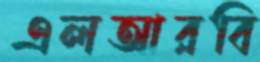
এলআরবি